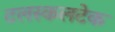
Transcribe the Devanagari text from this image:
टलस्कलटेक